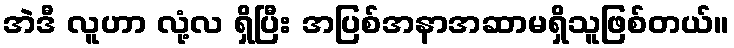
အဲဒီ လူဟာ လုံ့လ ရှိပြီး အပြစ်အနာအဆာမရှိသူဖြစ်တယ်။